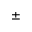
\pm